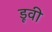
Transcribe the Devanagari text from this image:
डूवी